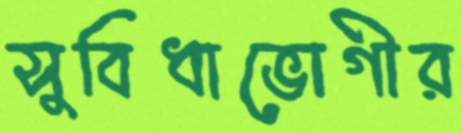
সুবিধাভোগীর